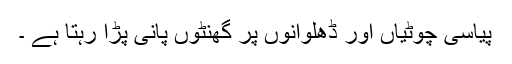
پیاسی چوٹیاں اور ڈھلوانوں پر گھنٹوں پانی پڑا رہتا ہے ۔